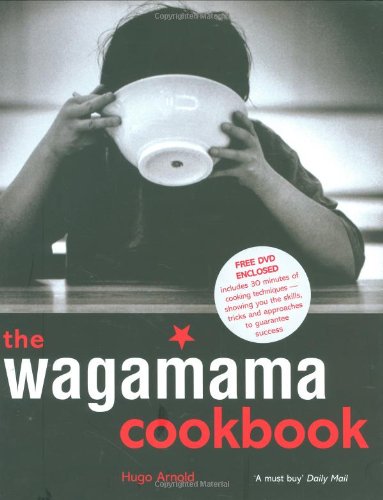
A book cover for The Wagamama Cookbook; Hugo Arnold; Cookbooks, Food & Wine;